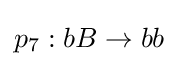
p_{7}:bB\rightarrow bb